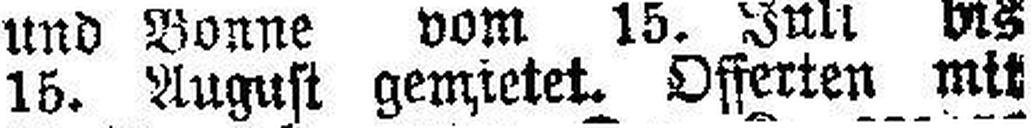
15. August gemietet. Offerten mit